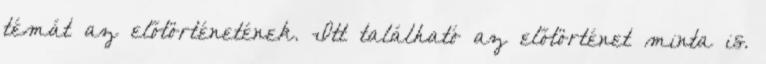
témát az előtörténetének. Itt található az előtörténet minta is.